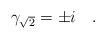
LaTeX: \begin{align*}\gamma_{\sqrt{2}} = \pm i \quad .\end{align*}